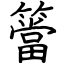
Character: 簹